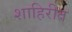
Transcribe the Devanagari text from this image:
शाहिरीत